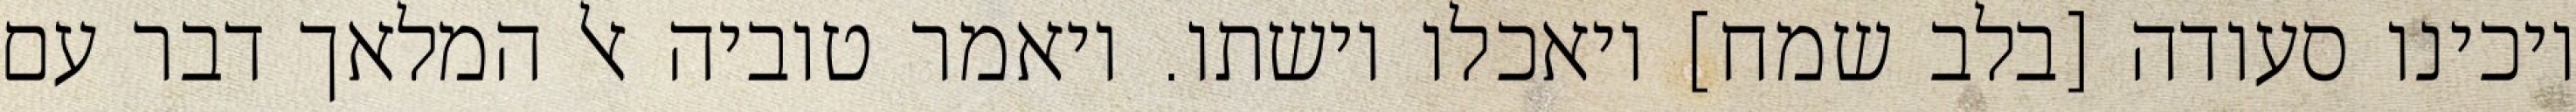
ויכינו סעודה [בלב שמח] ויאכלו וישתו. ויאמר טוביה אל המלאך דבר עם